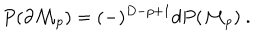
LaTeX: P ( \partial { \cal M } _ { p } ) = ( - ) ^ { D - p + 1 } d P ( { \cal M } _ { p } ) \ .